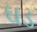
ઘડ